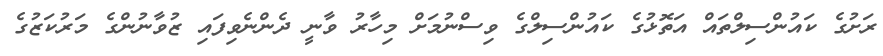
ރަށުގެ ކައުންސިލްތައް އަތޮޅުގެ ކައުންސިލްގެ ވިސްނުމަށް މިހާރު ވާނީ ދެންނެވިފައި ޒުވާނުންގެ މަރުކަޒުގެ